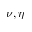
\nu , \eta